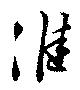
淮